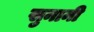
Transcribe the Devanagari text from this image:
सुनानी